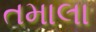
તમાલા